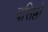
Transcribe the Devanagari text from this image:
वसिष्ठो